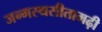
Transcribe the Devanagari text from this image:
जन्मस्थसीतामढ़ी